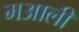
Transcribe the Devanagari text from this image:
मआली